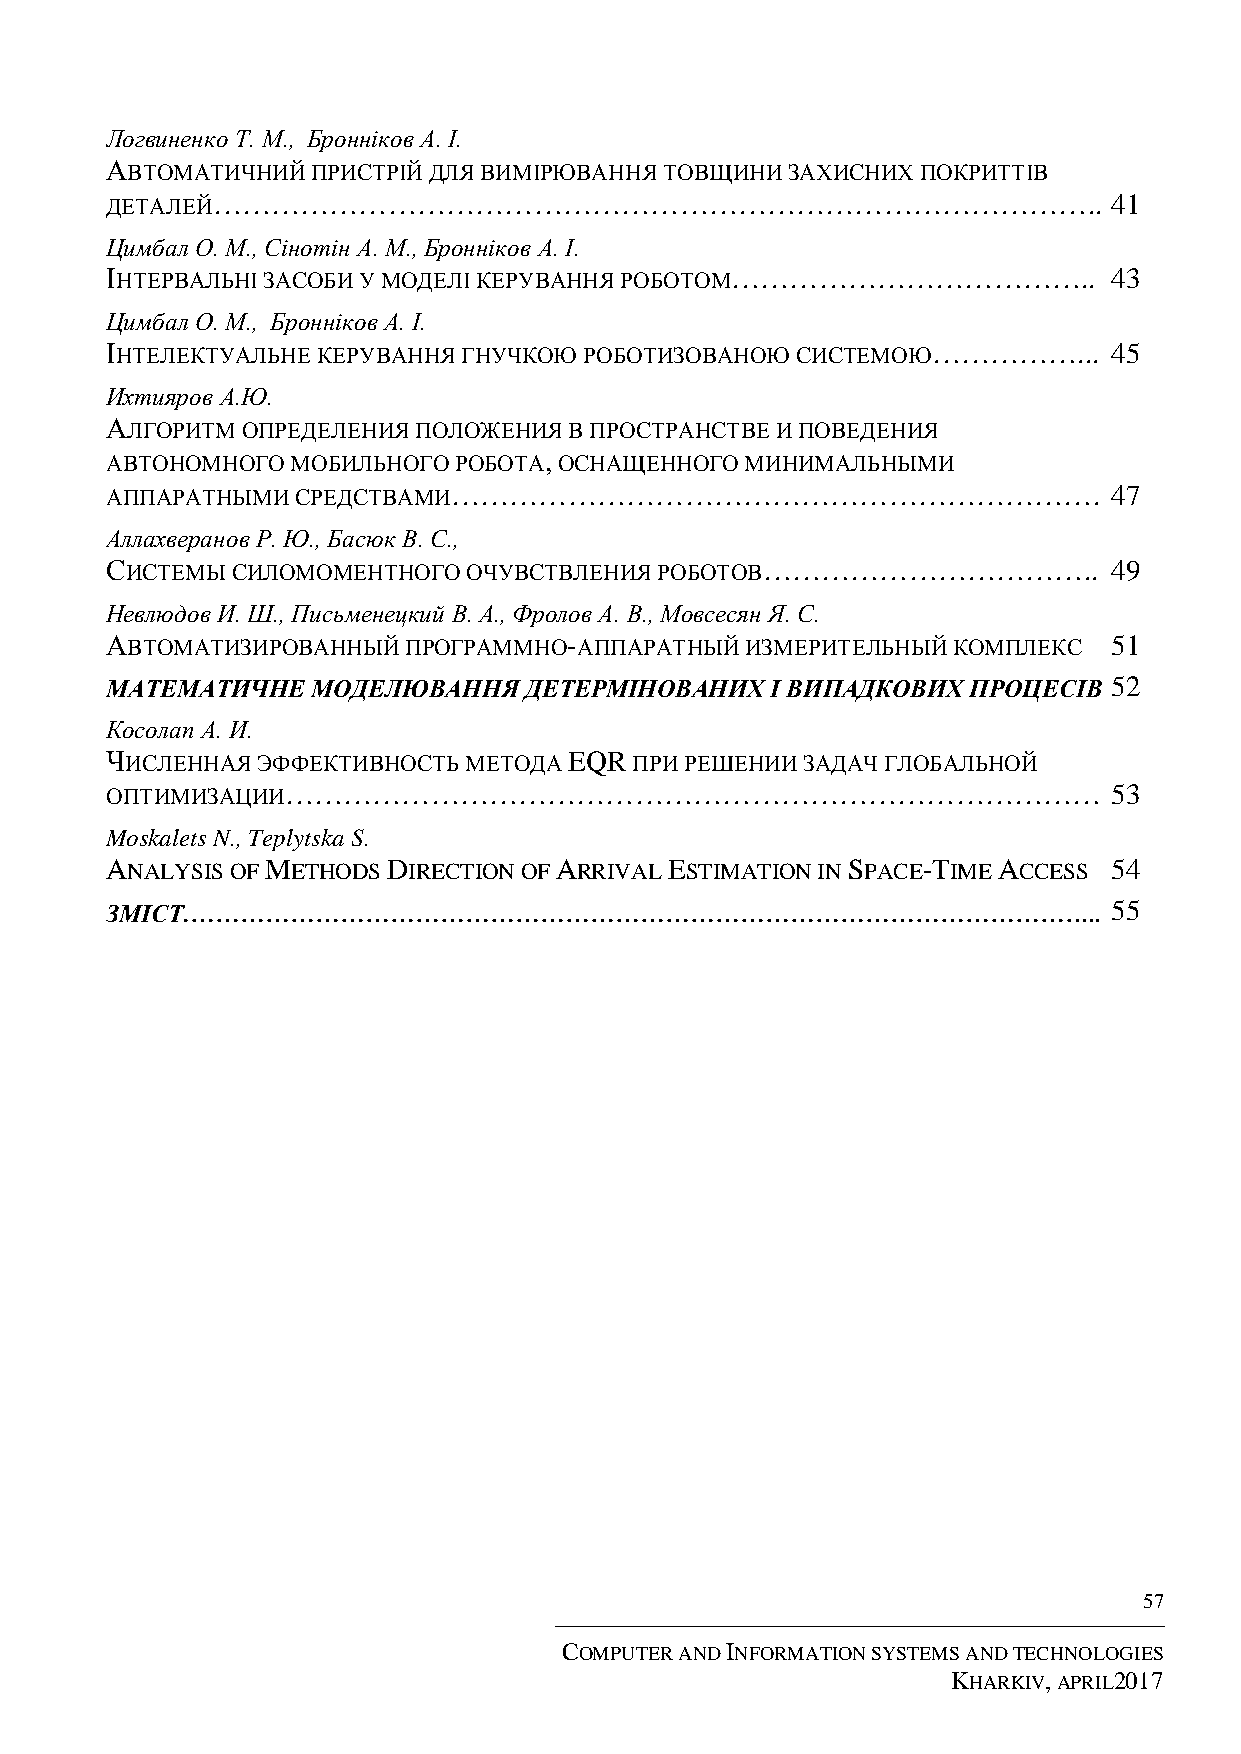
Логвиненко Т. М., Бронніков А. І.
 АВТОМАТИЧНИЙ  ПРИСТРІЙ ДЛЯ ВИМІРЮВАННЯ ТОВЩИНИ ЗАХИСНИХ ПОКРИТТІВ
 ДЕТАЛЕЙ………………………………………………………………………………..                            41
 Цимбал О. М., Сінотін А. М., Бронніков А. І.
 ІНТЕРВАЛЬНІ ЗАСОБИ У МОДЕЛІ КЕРУВАННЯ РОБОТОМ………………………………..        43
 Цимбал О. М., Бронніков А. І.
 ІНТЕЛЕКТУАЛЬНЕ КЕРУВАННЯ ГНУЧКОЮ РОБОТИЗОВАНОЮ СИСТЕМОЮ……………...    45
 Ихтияров А.Ю.
 АЛГОРИТМ ОПРЕДЕЛЕНИЯ ПОЛОЖЕНИЯ В ПРОСТРАНСТВЕ И ПОВЕДЕНИЯ
 АВТОНОМНОГО МОБИЛЬНОГО РОБОТА, ОСНАЩЕННОГО МИНИМАЛЬНЫМИ
 АППАРАТНЫМИ  СРЕДСТВАМИ………………………………………………………….                     47
 Аллахверанов Р. Ю., Басюк В. С.,
 СИСТЕМЫ СИЛОМОМЕНТНОГО  ОЧУВСТВЛЕНИЯ РОБОТОВ……………………………..          49
 Невлюдов И. Ш., Письменецкий В. А., Фролов А. В., Мовсесян Я. С.
 АВТОМАТИЗИРОВАННЫЙ  ПРОГРАММНО-АППАРАТНЫЙ ИЗМЕРИТЕЛЬНЫЙ КОМПЛЕКС   51
 МАТЕМАТИЧНЕ   МОДЕЛЮВАННЯ   ДЕТЕРМІНОВАНИХ  І ВИПАДКОВИХ ПРОЦЕСІВ  52
 Косолап А. И.
 ЧИСЛЕННАЯ ЭФФЕКТИВНОСТЬ МЕТОДА EQR ПРИ РЕШЕНИИ ЗАДАЧ ГЛОБАЛЬНОЙ
 ОПТИМИЗАЦИИ…………………………………………………………………………                            53
 Moskalets N., Teplytska S.
 ANALYSIS OF METHODS DIRECTION OF ARRIVAL ESTIMATION IN SPACE-TIME ACCESS 54
 ЗМІСТ………………………………………………………………………………………………...                       55
 57
 COMPUTER AND INFORMATION SYSTEMS AND TECHNOLOGIES
 KHARKIV, APRIL2017